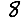
Digit: 8